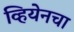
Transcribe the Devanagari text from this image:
व्हियेनचा